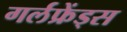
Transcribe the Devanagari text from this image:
गर्लफ्रेंड्स